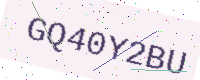
Text: GQ40Y2BU